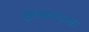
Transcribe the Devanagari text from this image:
मुख्याधारा